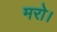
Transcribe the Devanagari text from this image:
मरो।